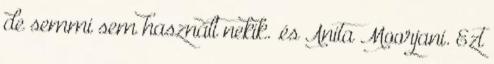
de semmi sem használt nekik. .és Anita Moorjani. Ezt